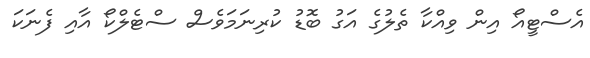
އެސްޓީއޯ އިން ވިއްކާ ތެލުގެ އަގު ބޮޑު ކުރިނަމަވެސް ސްޓެލްކޯ އާއި ފެނަކަ